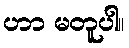
ဟာ မတူပါ။